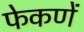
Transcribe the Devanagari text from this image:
फेकणें